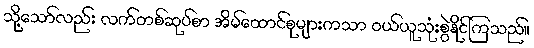
သို့သော်လည်း လက်တစ်ဆုပ်စာ အိမ်ထောင်စုများကသာ ဝယ်ယူသုံးစွဲနိုင်ကြသည်။